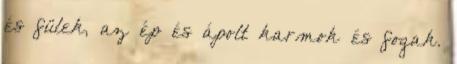
és fülek, az ép és ápolt karmok és fogak.